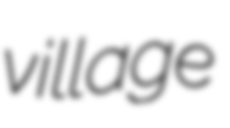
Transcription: village